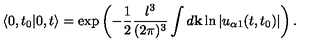
\left< 0 , t _ { 0 } | 0 , t \right> = \exp \left( - \frac { 1 } { 2 } \frac { l ^ { 3 } } { ( 2 \pi ) ^ { 3 } } \int d { \bf k } \ln | u _ { \alpha 1 } ( t , t _ { 0 } ) | \right) .